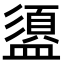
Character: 盨